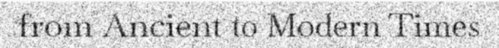
from Ancient to Modern Times